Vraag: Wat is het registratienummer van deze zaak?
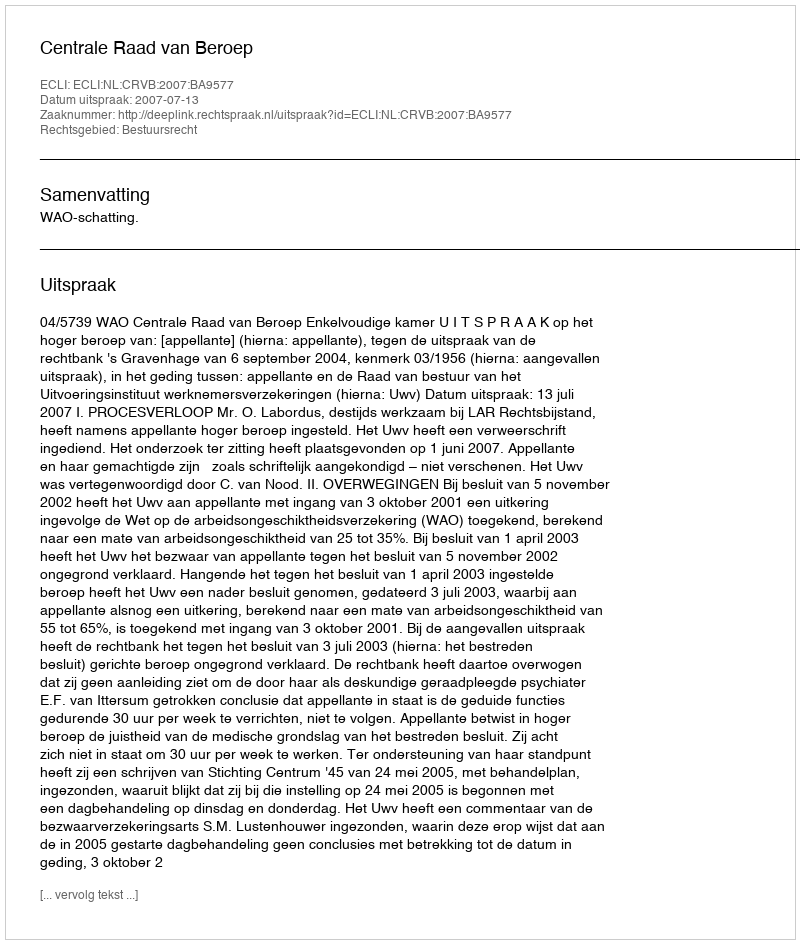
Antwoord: http://deeplink.rechtspraak.nl/uitspraak?id=ECLI:NL:CRVB:2007:BA9577